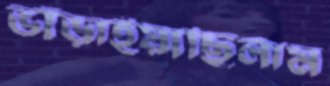
ভাঁড়াইয়াছিলাম